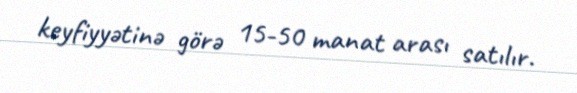
keyfiyyətinə görə 15-50 manat arası satılır.